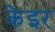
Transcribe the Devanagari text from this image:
केइर